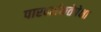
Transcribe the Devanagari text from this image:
पारदर्शकतेपेक्षा